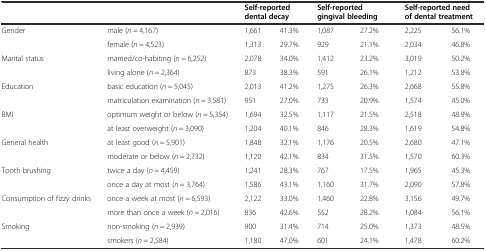
<table><thead><tr><td colspan="2"></td><td colspan="2"><b>Self-reported dental decay</b></td><td colspan="2"><b>Self-reported gingival bleeding</b></td><td colspan="2"><b>Self-reported need of dental treatment</b></td></tr></thead><tbody><tr><td rowspan="2">Gender</td><td>male (<i>n</i> = 4,167)</td><td>1,661</td><td>41.3%</td><td>1,087</td><td>27.2%</td><td>2,225</td><td>56.1%</td></tr><tr><td>female (<i>n</i> = 4,523)</td><td>1,313</td><td>29.7%</td><td>929</td><td>21.1%</td><td>2,034</td><td>46.8%</td></tr><tr><td rowspan="2">Marital status</td><td>married/co-habiting (<i>n</i> = 6,252)</td><td>2,078</td><td>34.0%</td><td>1,412</td><td>23.2%</td><td>3,019</td><td>50.2%</td></tr><tr><td>living alone (<i>n</i> = 2,364)</td><td>873</td><td>38.3%</td><td>591</td><td>26.1%</td><td>1,212</td><td>53.8%</td></tr><tr><td rowspan="2">Education</td><td>basic education (<i>n</i> = 5,045)</td><td>2,013</td><td>41.2%</td><td>1,275</td><td>26.3%</td><td>2,668</td><td>55.8%</td></tr><tr><td>matriculation examination (<i>n</i> = 3,581)</td><td>951</td><td>27.0%</td><td>733</td><td>20.9%</td><td>1,574</td><td>45.0%</td></tr><tr><td rowspan="2">BMI</td><td>optimum weight or below (<i>n</i> = 5,354)</td><td>1,694</td><td>32.5%</td><td>1,117</td><td>21.5%</td><td>2,518</td><td>48.9%</td></tr><tr><td>at least overweight (<i>n</i> = 3,090)</td><td>1,204</td><td>40.1%</td><td>846</td><td>28.3%</td><td>1,619</td><td>54.8%</td></tr><tr><td rowspan="2">General health</td><td>at least good (<i>n</i> = 5,901)</td><td>1,848</td><td>32.1%</td><td>1,176</td><td>20.5%</td><td>2,680</td><td>47.1%</td></tr><tr><td>moderate or below (<i>n</i> = 2,732)</td><td>1,120</td><td>42.1%</td><td>834</td><td>31.5%</td><td>1,570</td><td>60.3%</td></tr><tr><td rowspan="2">Tooth brushing</td><td>twice a day (<i>n</i> = 4,459)</td><td>1,241</td><td>28.3%</td><td>767</td><td>17.5%</td><td>1,965</td><td>45.3%</td></tr><tr><td>once a day at most (<i>n</i> = 3,764)</td><td>1,586</td><td>43.1%</td><td>1,160</td><td>31.7%</td><td>2,090</td><td>57.8%</td></tr><tr><td rowspan="2">Consumption of fizzy drinks</td><td>once a week at most (<i>n</i> = 6,593)</td><td>2,122</td><td>33.0%</td><td>1,460</td><td>22.8%</td><td>3,156</td><td>49.7%</td></tr><tr><td>more than once a week (<i>n</i> = 2,016)</td><td>836</td><td>42.6%</td><td>552</td><td>28.2%</td><td>1,084</td><td>56.1%</td></tr><tr><td rowspan="2">Smoking</td><td>non-smoking (<i>n</i> = 2,939)</td><td>900</td><td>31.4%</td><td>714</td><td>25.0%</td><td>1,373</td><td>48.5%</td></tr><tr><td>smokers (<i>n</i> = 2,584)</td><td>1,180</td><td>47.0%</td><td>601</td><td>24.1%</td><td>1,478</td><td>60.2%</td></tr></tbody></table>